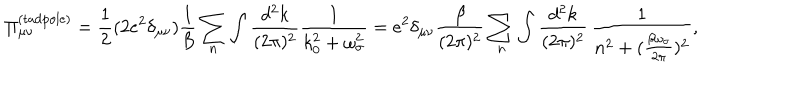
\Pi _ { \mu \nu } ^ { ( \mathrm { t a d p o l e } ) } = \frac { 1 } { 2 } ( 2 e ^ { 2 } \delta _ { \mu \nu } ) \frac { 1 } { \beta } \sum _ { n } \int \frac { d ^ { 2 } k } { ( 2 \pi ) ^ { 2 } } \frac { 1 } { k _ { 0 } ^ { 2 } + \omega _ { \sigma } ^ { 2 } } = e ^ { 2 } \delta _ { \mu \nu } \frac { \beta } { ( 2 \pi ) ^ { 2 } } \sum _ { n } \int \frac { d ^ { 2 } k } { ( 2 \pi ) ^ { 2 } } \, \frac { 1 } { n ^ { 2 } + ( \frac { \beta \omega _ { \sigma } } { 2 \pi } ) ^ { 2 } } ,